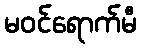
မဝင်ရောက်မီ